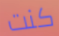
كنت